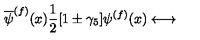
\overline { { \psi } } ^ { ( f ) } ( x ) \frac { 1 } { 2 } [ 1 \pm \gamma _ { 5 } ] \psi ^ { ( f ) } ( x ) \longleftrightarrow